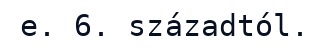
e. 6. századtól.